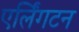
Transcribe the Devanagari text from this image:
एर्लिंगटन